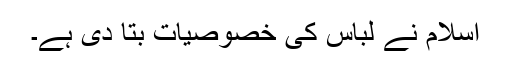
اسلام نے لباس کی خصوصیات بتا دی ہے۔